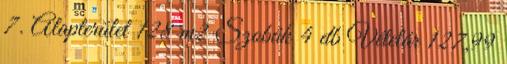
7. Alapterület 128 m2 Szobák 4 db Vételár 127,99